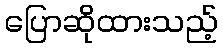
ပြောဆိုထားသည့်